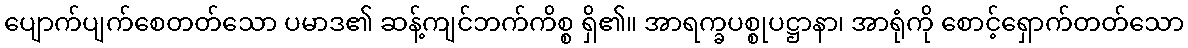
ပျောက်ပျက်စေတတ်သော ပမာဒ၏ ဆန့်ကျင်ဘက်ကိစ္စ ရှိ၏။ အာရက္ခပစ္စုပဋ္ဌာနာ၊ အာရုံကို စောင့်ရှောက်တတ်သော